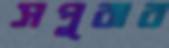
সপুরার